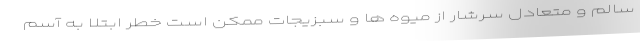
سالم و متعادل سرشار از میوه ها و سبزیجات ممکن است خطر ابتلا به آسم